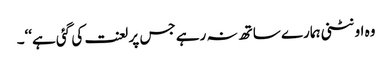
وہ اونٹنی ہمارے ساتھ نہ رہے جس پر لعنت کی گئی ہے‘‘۔